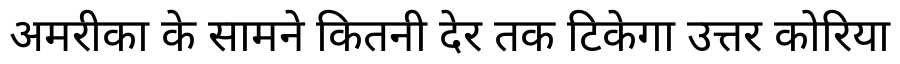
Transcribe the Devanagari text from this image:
अमरीका के सामने कितनी देर तक टिकेगा उत्तर कोरिया